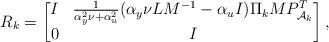
LaTeX: \begin{align*} R_k = \begin{bmatrix} I & \frac{1}{\alpha_y^2\nu + \alpha_u^2}(\alpha_y \nu L M^{-1} -\alpha_u I)\Pi_k M P_{\mathcal{A}_k}^T \\ 0 & I \end{bmatrix},\end{align*}